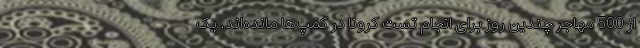
از 500 مهاجر چندین روز برای انجام تست کرونا در کمپ‌ها مانده‌اند. یک